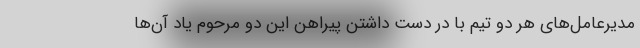
مدیرعامل‌های هر دو تیم با در دست داشتن پیراهن این دو مرحوم یاد آن‌ها